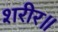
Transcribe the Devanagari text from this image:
शरीर॥